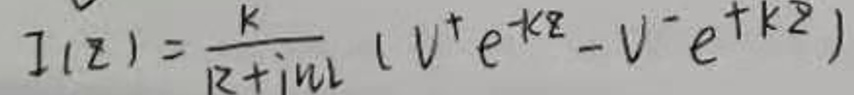
\[ I(z)=\frac{k}{k + i\omega l}(V^{+}e^{-kz}-V^{-}e^{+kz}) \]